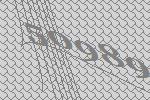
50989